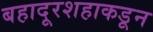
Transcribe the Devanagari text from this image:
बहादूरशहाकडून